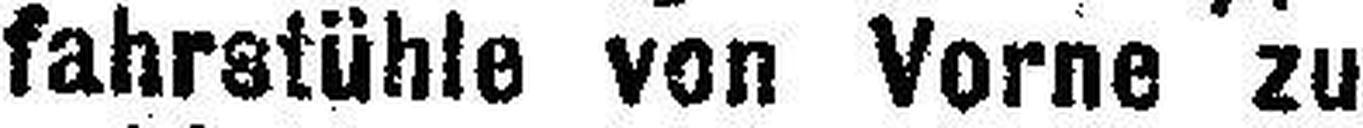
fahrstühle von Vorne zu